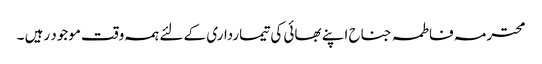
محترمہ فاطمہ جناح اپنے بھائی کی تیمارداری کے لئے ہمہ وقت موجود رہیں ۔